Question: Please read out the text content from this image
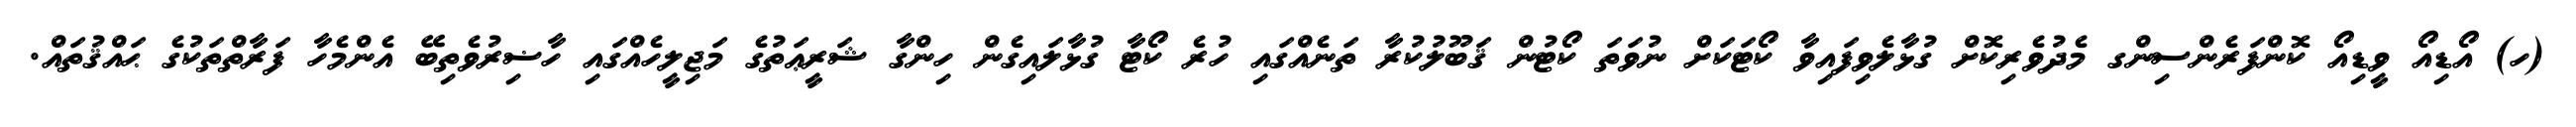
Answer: (ހ) އޯޑިއޯ ވީޑިއޯ ކޮންފަރެންސިންގ މެދުވެރިކޮށް ގުޅާލެވިފައިވާ ކޯޓަކަށް ނުވަތަ ކޯޓުން ޤަބޫލުކުރާ ތަނެއްގައި ހުރެ ކޯޓާ ގުޅާލައިގެން ހިންގާ ޝަރީޢަތުގެ މަޖިލީހެއްގައި ހާޟިރުވެތިބޭ އެންމެހާ ފަރާތްތަކުގެ ޙައްޤުތައް.